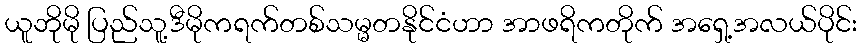
ယူဘိုမို ပြည်သူ့ဒီမိုကရက်တစ်သမ္မတနိုင်ငံဟာ အာဖရိကတိုက် အရှေ့အလယ်ပိုင်း